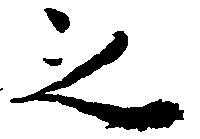
之